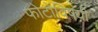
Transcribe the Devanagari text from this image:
फोटोंविषयी